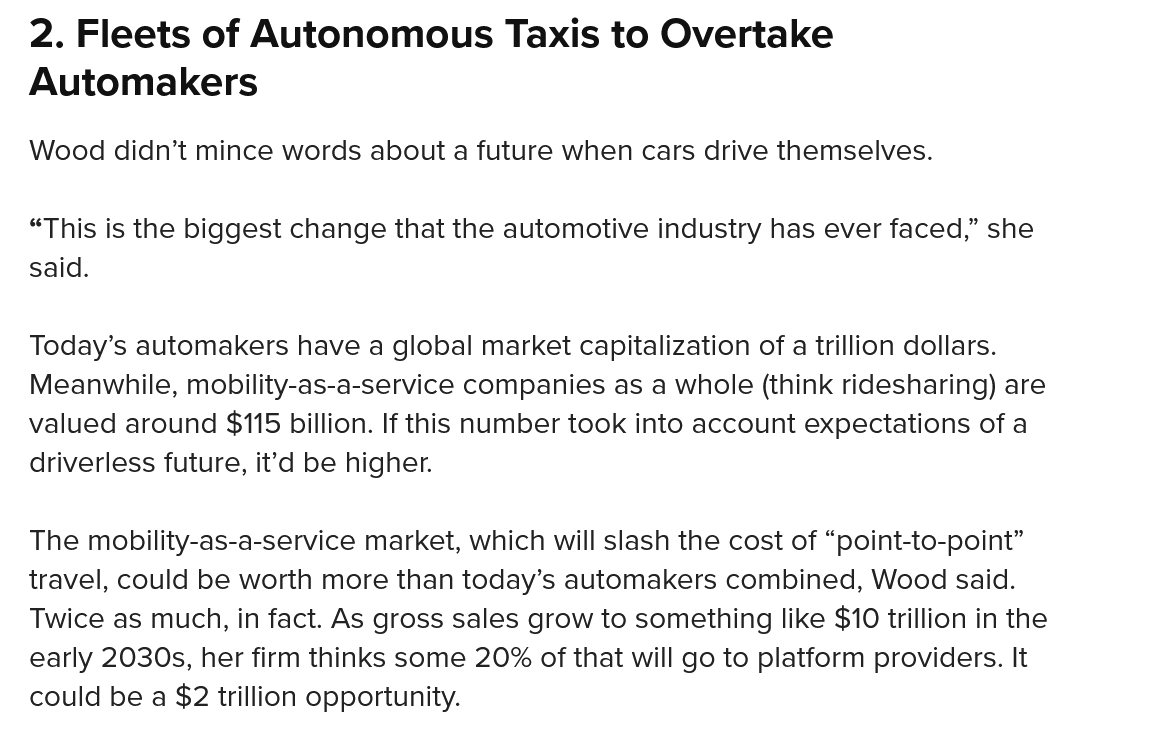
2. Fleets   of Autonomous    Taxis    to Overtake
   Automakers
   Wood didn’t mince words about a future when cars drive themselves.
   “This is the biggest change that the automotive industry has ever faced,” she
   said.
   Today’s automakers have a global market capitalization of a trillion dollars.
   Meanwhile, mobility-as-a-service companies as a whole (think ridesharing) are
   valued around $115 billion. If this number took into account expectations of a
   driverless future, it’d be higher.
   The mobility-as-a-service market, which will slash the cost of “point-to-point”
   travel, could be worth more than today’s automakers combined, Wood said.
   Twice as much, in fact. As gross sales grow to something like $10 trillion in the
   early 2030s, her firm thinks some 20% of that will go to platform providers. It
   could be a $2 trillion opportunity.